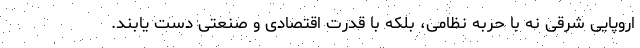
اروپایی شرقی نه با حربه نظامی، بلکه با قدرت اقتصادی و صنعتی دست یابند.